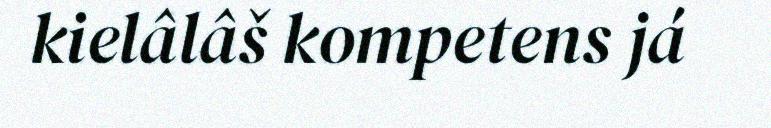
kielâlâš kompetens já